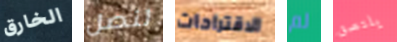
الخارق لنصل الاقتراحات لم يلتصق